Tezpur Lunatic Asylum reports 1877-1894 - 1877-1894
Year: 1877
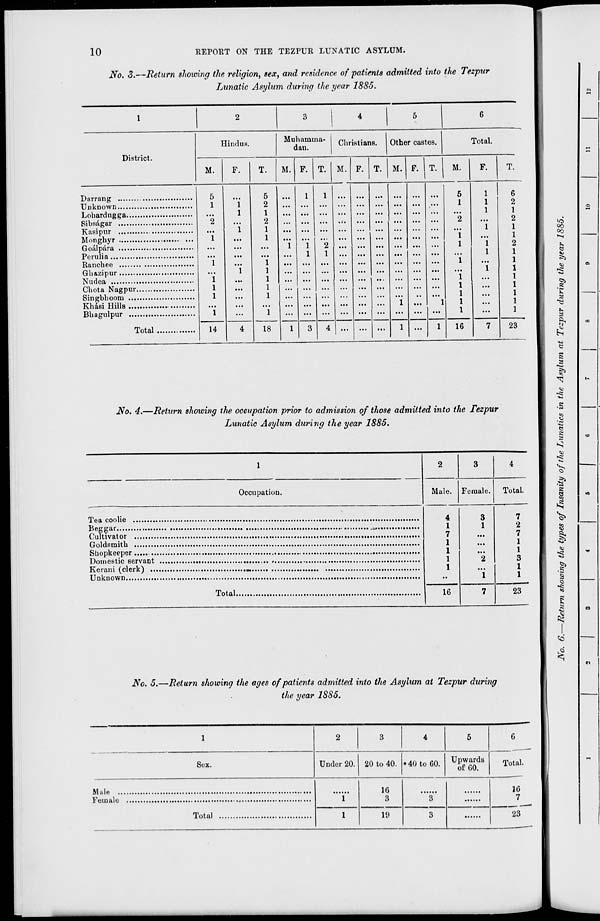
10
REPORT ON THE TEZPUR LUNATIC ASYLUM.
No. 3.—Return showing the religion, sex, and residence of patients admitted into the Tezpur
Lunatic Asylum during the year 1885.
1
2
3
4
5
6
District.
Hindus.
Muhamina-
dan.
Christians.
Other castes.
Total.
M.
F.
T.
M. F. T. 1 M. F. T. M. F. T.
M.
F.
T.
5
1
"i
"i
I
i
l
l
"i
...
"i
l
"i
"i
5
2
1
2
1
1
1
1
1
1
1
"i
"i
l
"i
l
1
"2
1
• i.
...
...
"i
...
1
5
1
*2
1
1
i
"i
1
1
1
1
. 1 «
1
1
i
"i
1
"i
2
1
2
Khasi Hills
14
4
18
l
3
4 ... ...
1 ...
1
16
7
23
No. 4.—Return showing the oceupation prior to admission of those admitted into the Tezpur
Lunatic Asylum during the year 1885.
1
2
3
4
Occupation.
Male. Female.
Total.
4
1
7
1
1
1
1
3
1
"2
1
7
2
7
1
1
3
1
1
Total
16
7
23
No. 5.—Return showing the ages of patients admitted into the Asylum at Tezpur during
the year 1885.
1
2
3
4
5
6
Sex.
Under 20. 20 to 40. • 40 to 60. Upwards
of 60.
Total.
1
16
3
3
16
7
Total
1
19
3
23